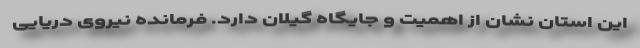
این استان نشان از اهمیت و جایگاه گیلان دارد. فرمانده نیروی دریایی